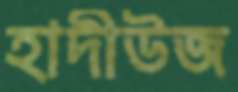
হাদীউজ